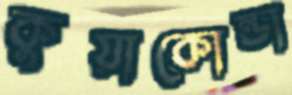
কুয়াকোন্ডা